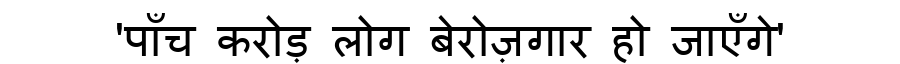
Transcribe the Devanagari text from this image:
'पाँच करोड़ लोग बेरोज़गार हो जाएँगे'